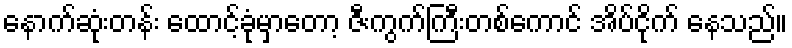
နောက်ဆုံးတန်း ထောင့်ခုံမှာတော့ ဇီးကွက်ကြီးတစ်ကောင် အိပ်ငိုက် နေသည်။